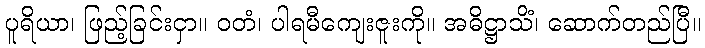
ပူရိယာ၊ ဖြည့်ခြင်းငှာ။ ဝတံ၊ ပါရမီကျေးဇူးကို။ အဓိဋ္ဌာသိံ၊ ဆောက်တည်ပြီ။